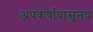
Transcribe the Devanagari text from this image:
अपकर्षापासूनच